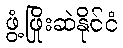
ဖွံ့ဖြိုးဆဲနိုင်ငံ